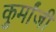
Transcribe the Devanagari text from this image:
कुर्मांजी